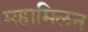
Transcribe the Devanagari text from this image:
महामिलन